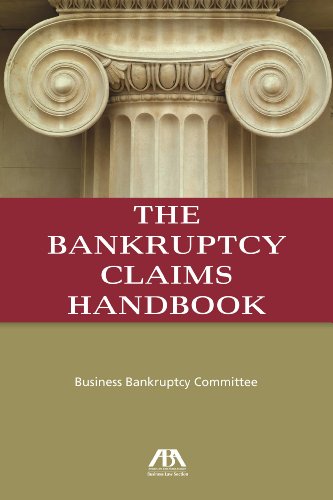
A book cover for The Bankruptcy Claims Handbook; ABA Business Law Section Business Bankruptcy Committee; Law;